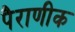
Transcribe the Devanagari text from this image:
पैराणीक